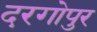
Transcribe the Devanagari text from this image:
दरगोपुर